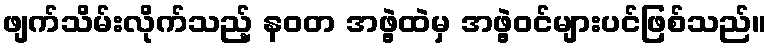
ဖျက်သိမ်းလိုက်သည့် နဝတ အဖွဲ့ထဲမှ အဖွဲ့ဝင်များပင်ဖြစ်သည်။